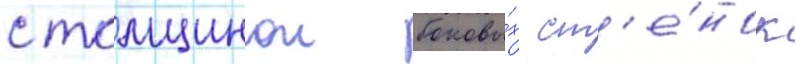
с толщинои боковы́х ст'е́нок